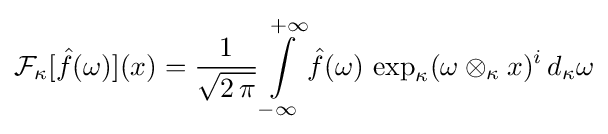
{\cal {F}}_{\kappa }[{\hat {f}}(\omega )](x)={1 \over {\sqrt {2\,\pi }}}\int \limits _{-\infty }\limits ^{+\infty }{\hat {f}}(\omega )\,\exp _{\kappa }(\omega \otimes _{\kappa }x)^{i}\,d_{\kappa }\omega